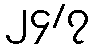
၂၄/၇